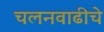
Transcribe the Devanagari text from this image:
चलनवाढीचे